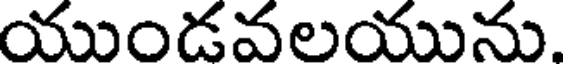
యుండవలయును.